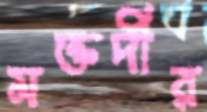
মক্তদীর